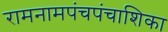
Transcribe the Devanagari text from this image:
रामनामपंचपंचाशिका